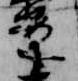
案